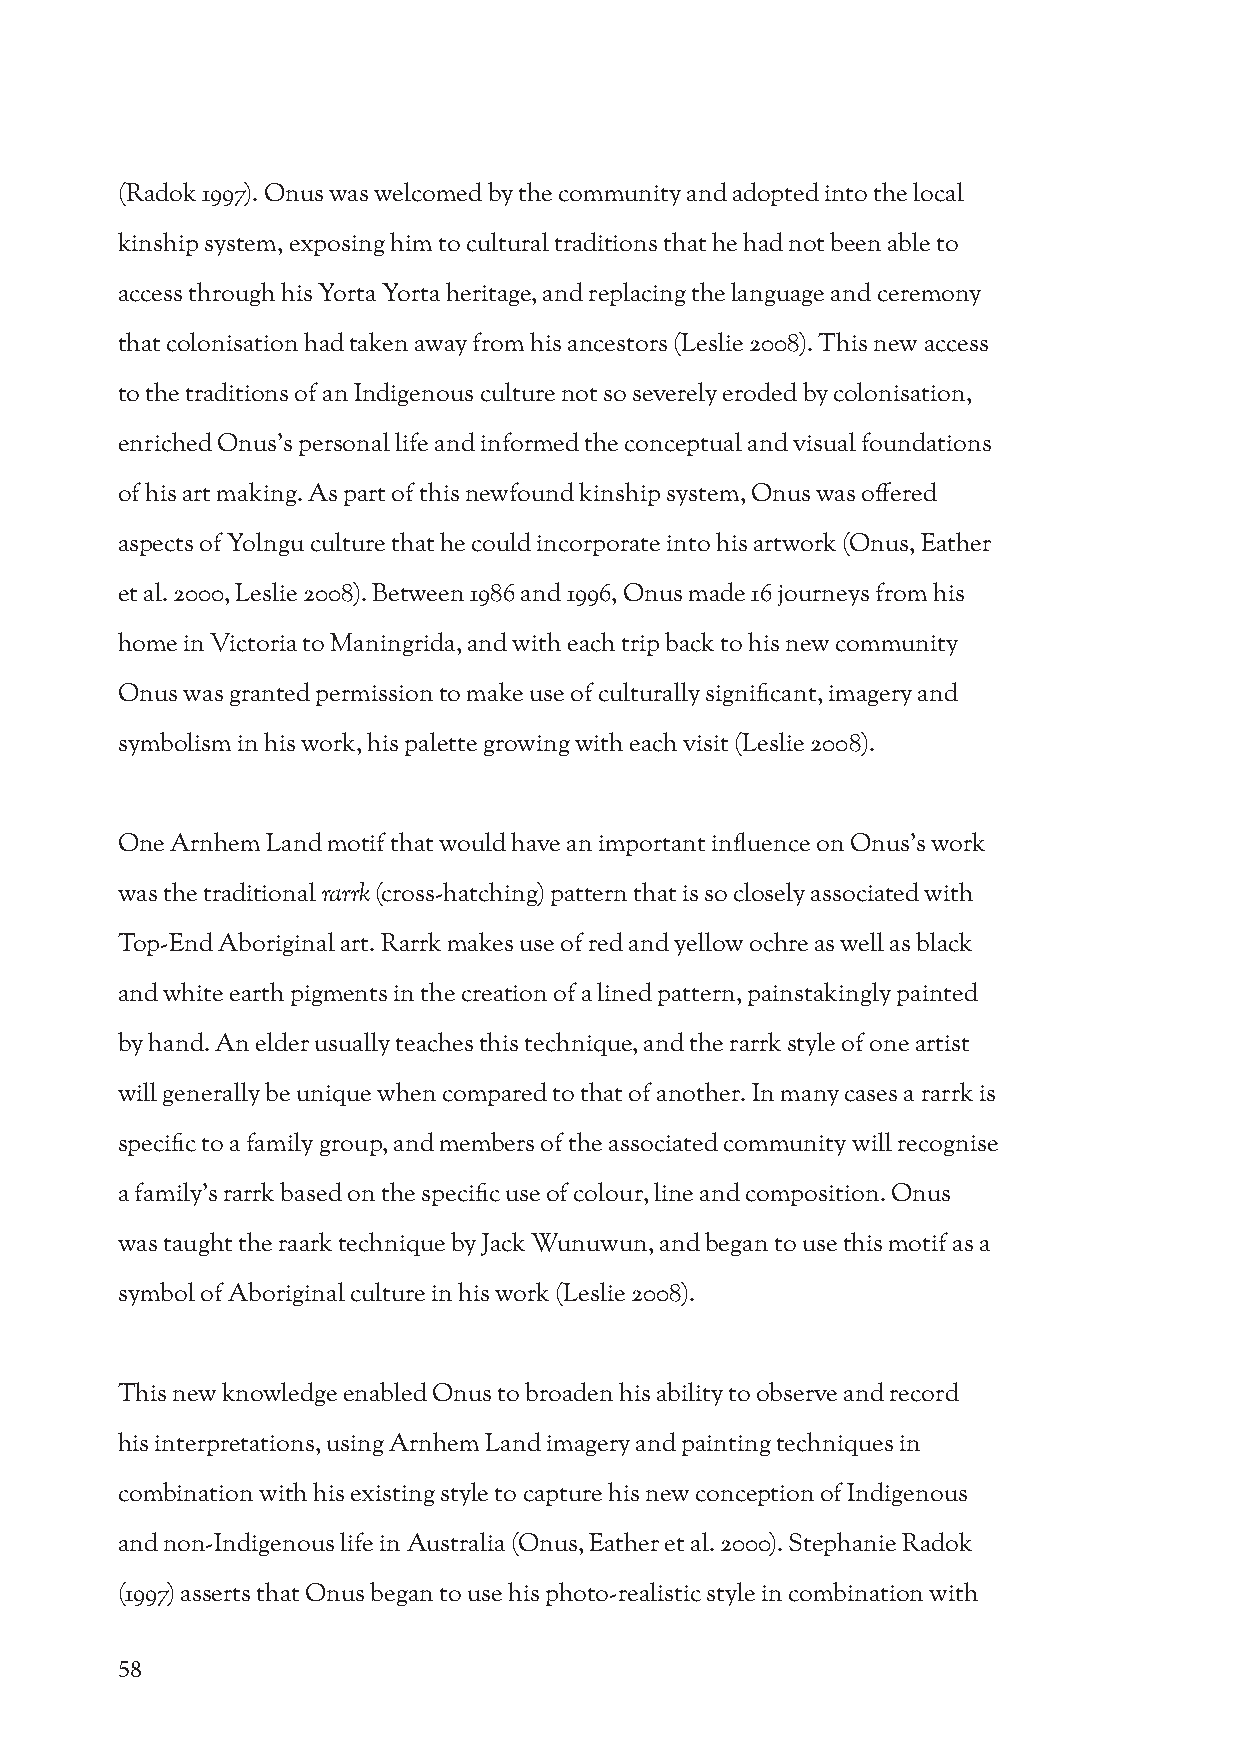
(Radok 1997). Onus was welcomed by the community and adopted into the local
 kinship system, exposing him to cultural traditions that he had not been able to
 access through his Yorta Yorta heritage, and replacing the language and ceremony
 that colonisation had taken away from his ancestors (Leslie 2008). This new access
 to the traditions of an Indigenous culture not so severely eroded by colonisation,
 enriched Onus’s personal life and informed the conceptual and visual foundations
 of his art making. As part of this newfound kinship system, Onus was offered
 aspects of Yolngu culture that he could incorporate into his artwork (Onus, Eather
 et al. 2000, Leslie 2008). Between 1986 and 1996, Onus made 16 journeys from his
 home in Victoria to Maningrida, and with each trip back to his new community
 Onus was granted permission to make use of culturally significant, imagery and
 symbolism in his work, his palette growing with each visit (Leslie 2008).
 One Arnhem Land motif that would have an important influence on Onus’s work
 was the traditional rarrk (cross-hatching) pattern that is so closely associated with
 Top-End Aboriginal art. Rarrk makes use of red and yellow ochre as well as black
 and white earth pigments in the creation of a lined pattern, painstakingly painted
 by hand. An elder usually teaches this technique, and the rarrk style of one artist
 will generally be unique when compared to that of another. In many cases a rarrk is
 specific to a family group, and members of the associated community will recognise
 a family’s rarrk based on the specific use of colour, line and composition. Onus
 was taught the raark technique by Jack Wunuwun, and began to use this motif as a
 symbol of Aboriginal culture in his work (Leslie 2008).
 This new knowledge enabled Onus to broaden his ability to observe and record
 his interpretations, using Arnhem Land imagery and painting techniques in
 combination with his existing style to capture his new conception of Indigenous
 and non-Indigenous life in Australia (Onus, Eather et al. 2000). Stephanie Radok
 (1997) asserts that Onus began to use his photo-realistic style in combination with
 58